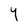
Character: Y